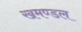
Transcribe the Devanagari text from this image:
खमण्डल